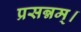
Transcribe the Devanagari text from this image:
प्रसन्नम्‌।